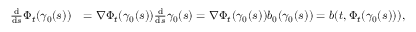
\begin{array} { r l } { \frac { \mathrm { d } } { \mathrm { d } s } \Phi _ { t } ( \gamma _ { 0 } ( s ) ) } & { = \nabla \Phi _ { t } ( \gamma _ { 0 } ( s ) ) \frac { \mathrm { d } } { \mathrm { d } s } \gamma _ { 0 } ( s ) = \nabla \Phi _ { t } ( \gamma _ { 0 } ( s ) ) b _ { 0 } ( \gamma _ { 0 } ( s ) ) = b ( t , \Phi _ { t } ( \gamma _ { 0 } ( s ) ) ) , } \end{array}